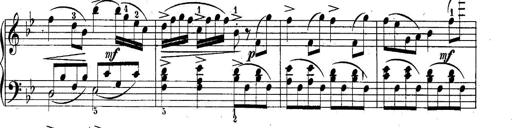
Title: 10 Sonatines progressives
Composer: Anton Schmoll